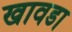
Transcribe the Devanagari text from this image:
खावडा